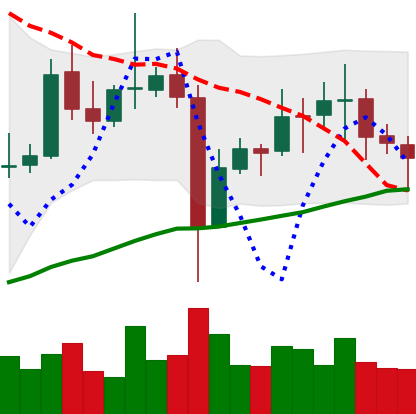
Ticker: EOS-USD
Chart end date: 2021-11-06
Forward return: 10.9%
Label: up_7plus